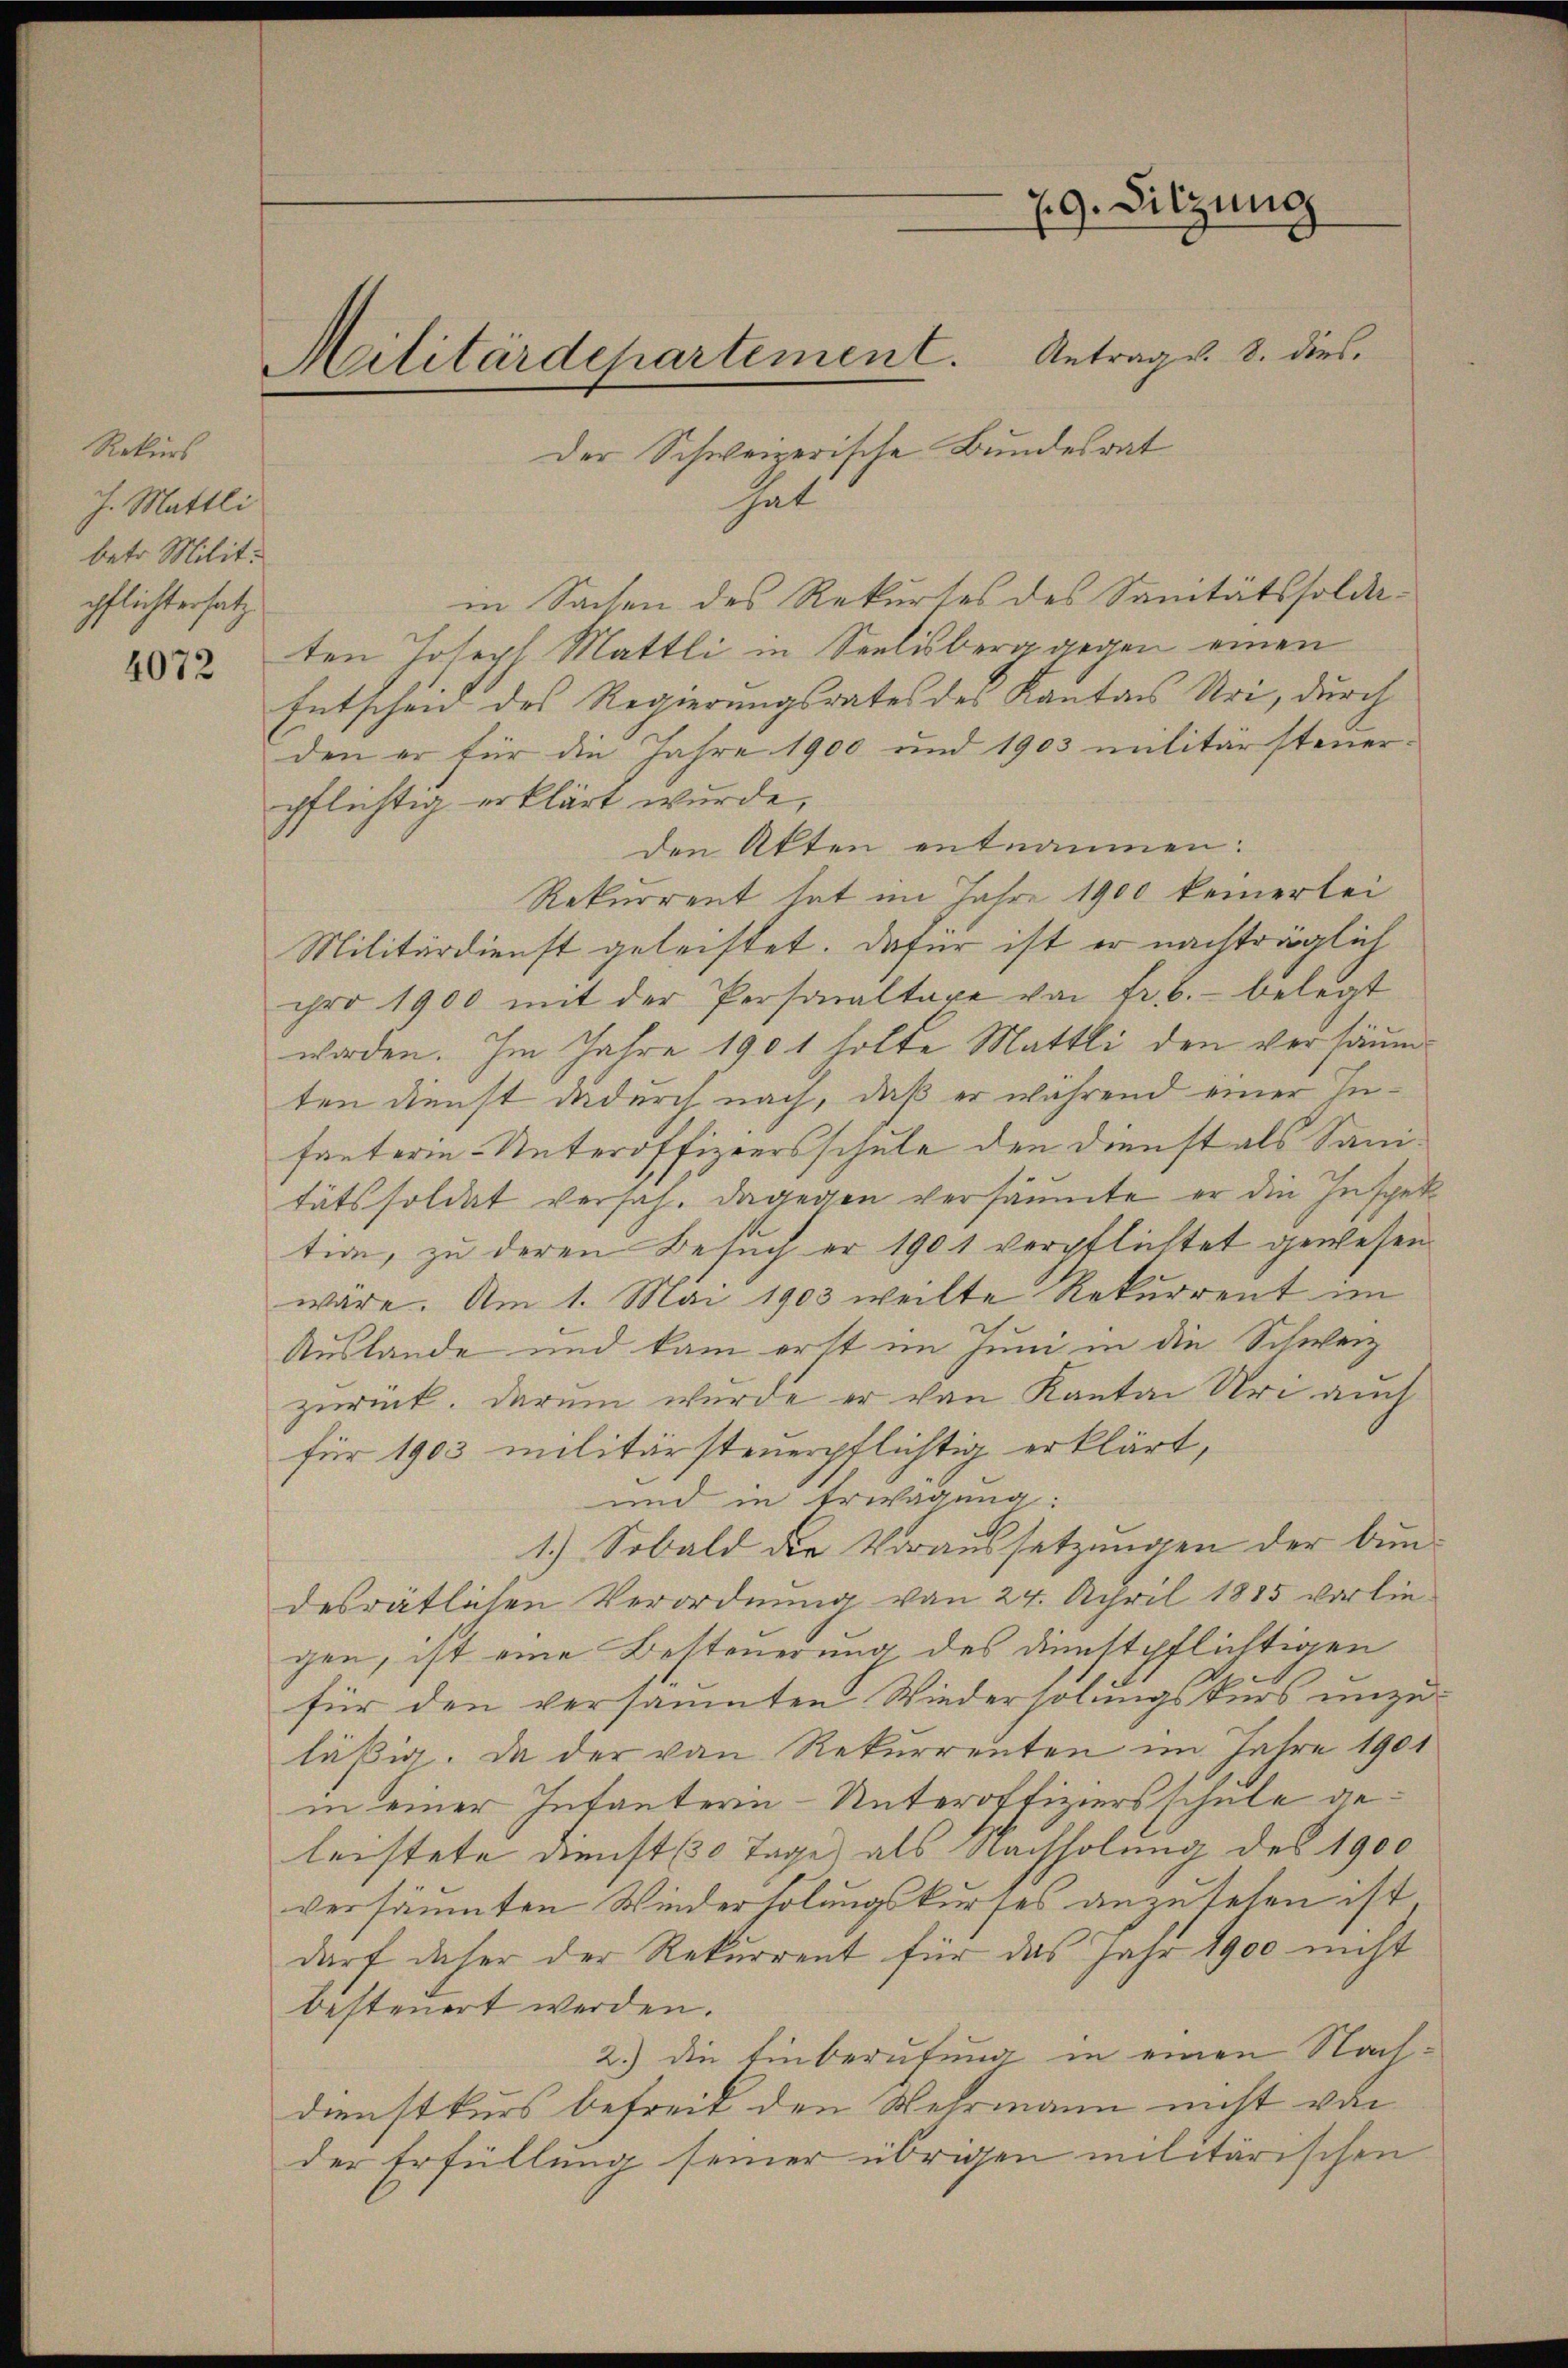
Rekurs
J. Mattli
betr. Milit:
pflichtersatz

4072

Militärdepartement. Antrags. 8. dies

79. Sitzung

Der Schweizerische Bundesrat
hat
in Sachen des Rekurses des Sanitätssoldaten Joseph Mattli in Seelisberg gegen einen
Entscheid des Regierungsrates des Kantons Uri, durch
den er für die Jahre 1900 und 1903 militärsteuerpflichtig erklärt wurde,
den Akten entnommen:
Rekurrent hat im Jahre 1900 keinerlei
Militärdienst geleistet. Dafür ist er nachträglich
pro 1900 mit der Personaltare von fr. 6.- belegt
worden. Im Jahre 1901 holte Mattli den versäumten Dienst dadurch nach, daß er während einer Infanterie-Unteroffiziersschule den Dienst als Sanitätssoldat versah. Dagegen versäumte er die Inspektion, zu deren Besuch er 1901 verpflichtet gewesen
wäre. Am 1. Mai 1903 weilte Rekurrent im
Auslande und kam erst im Juni in die Schweiz
zurück. Darum wurde er von Kanton Uri auch
für 1903 militärsteuerpflichtig erklärt,
und in Erwägung:
1.) Sobald die Voraussetzungen der bun-
desrätlichen Verordnung von 24. Schril 1885 vorliegen, ist eine Besteuerung des Dienstpflichtigen
für den versäumten Wiederholungskurs unzu-
läßig. Da der von Rekurrenten im Jahre 1901
in einer Intantern-Unteroffiziersschule geleistete Dienst (30 Tage als Nachholung des 1900
versäumten Wiederholungskurses anzusehen ist,
darf daher der Rekurrent für das Jahr 1900 nicht
besteuert werden.
2.) Die Einberufung in einen Nachdienstkurs befreit den Wehrmann nicht von
der Erfüllung seiner übrigen militärischen